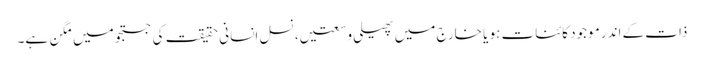
ذات کے اندر موجود کائنات ہو یا خارج میں پھیلی وسعتیں، نسل انسانی حقیقت کی جستجو میں مگن ہے۔